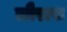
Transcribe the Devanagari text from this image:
लौरास